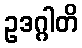
ဥဒဂ္ဂါတိ